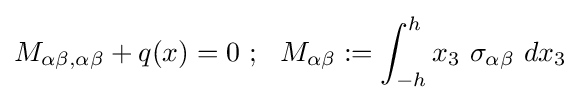
M_{\alpha \beta ,\alpha \beta }+q(x)=0~;~~M_{\alpha \beta }:=\int _{-h}^{h}x_{3}~\sigma _{\alpha \beta }~dx_{3}